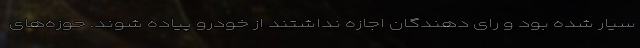
سیار شده بود و رای دهندگان اجازه نداشتند از خودرو پیاده شوند. حوزه‌های